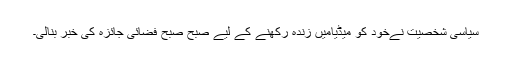
سیاسی شخصیت نےخود کو میڈیامیں زنده رکھنے کے لیے صبح صبح فضائی جائزه کی خبر بنالی۔